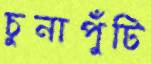
চুনাপুঁটি